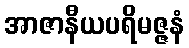
အာဇာနီယပရိမဇ္ဇနံ